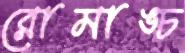
রোমাঙ্চ